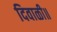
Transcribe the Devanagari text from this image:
दिवाळी॥